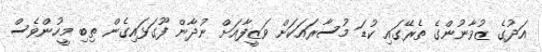
އަދުގެ ޒުވާނުންގެ ތެރޭގައި ކުޑަ މުސާރައަކަށް ވަޒީފާއަށް ނުދާން ފޫގަޅައިގެން ތިބި މީހުންވެސް